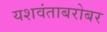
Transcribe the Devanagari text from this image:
यशवंताबरोबर